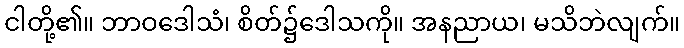
ငါတို့၏။ ဘာဝဒေါသံ၊ စိတ်၌ဒေါသကို။ အနညာယ၊ မသိဘဲလျက်။